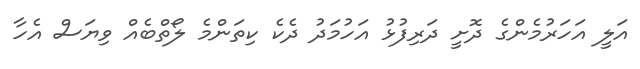
އަލީ އަހަރުމެންގެ ދޮށީ ދަރިފުޅު އަހުމަދު ދެކެ ކިތަންމެ ލޯތްބެއް ވިޔަސް އެހާ